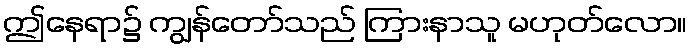
ဤနေရာ၌ ကျွန်တော်သည် ကြားနာသူ မဟုတ်လော။